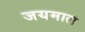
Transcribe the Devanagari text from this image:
जयमाल